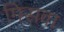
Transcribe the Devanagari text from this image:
मिसवा